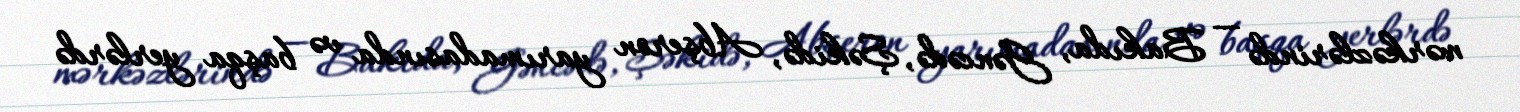
mərkəzlərində — Bakıda, Gəncədə, Şəkidə, Abşeron yarımadasında və başqa yerlərdə